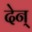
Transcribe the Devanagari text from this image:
देन्